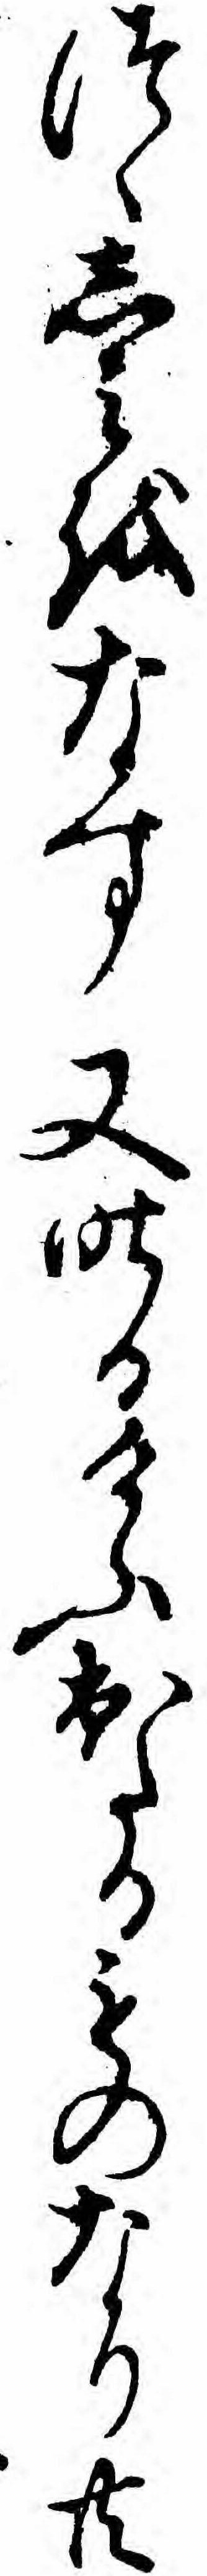
つゝしミをなす又昨日けふ出たるものなり共